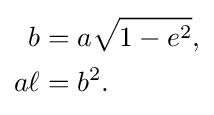
{\begin{aligned}b&=a{\sqrt {1-e^{2}}},\\a\ell &=b^{2}.\end{aligned}}